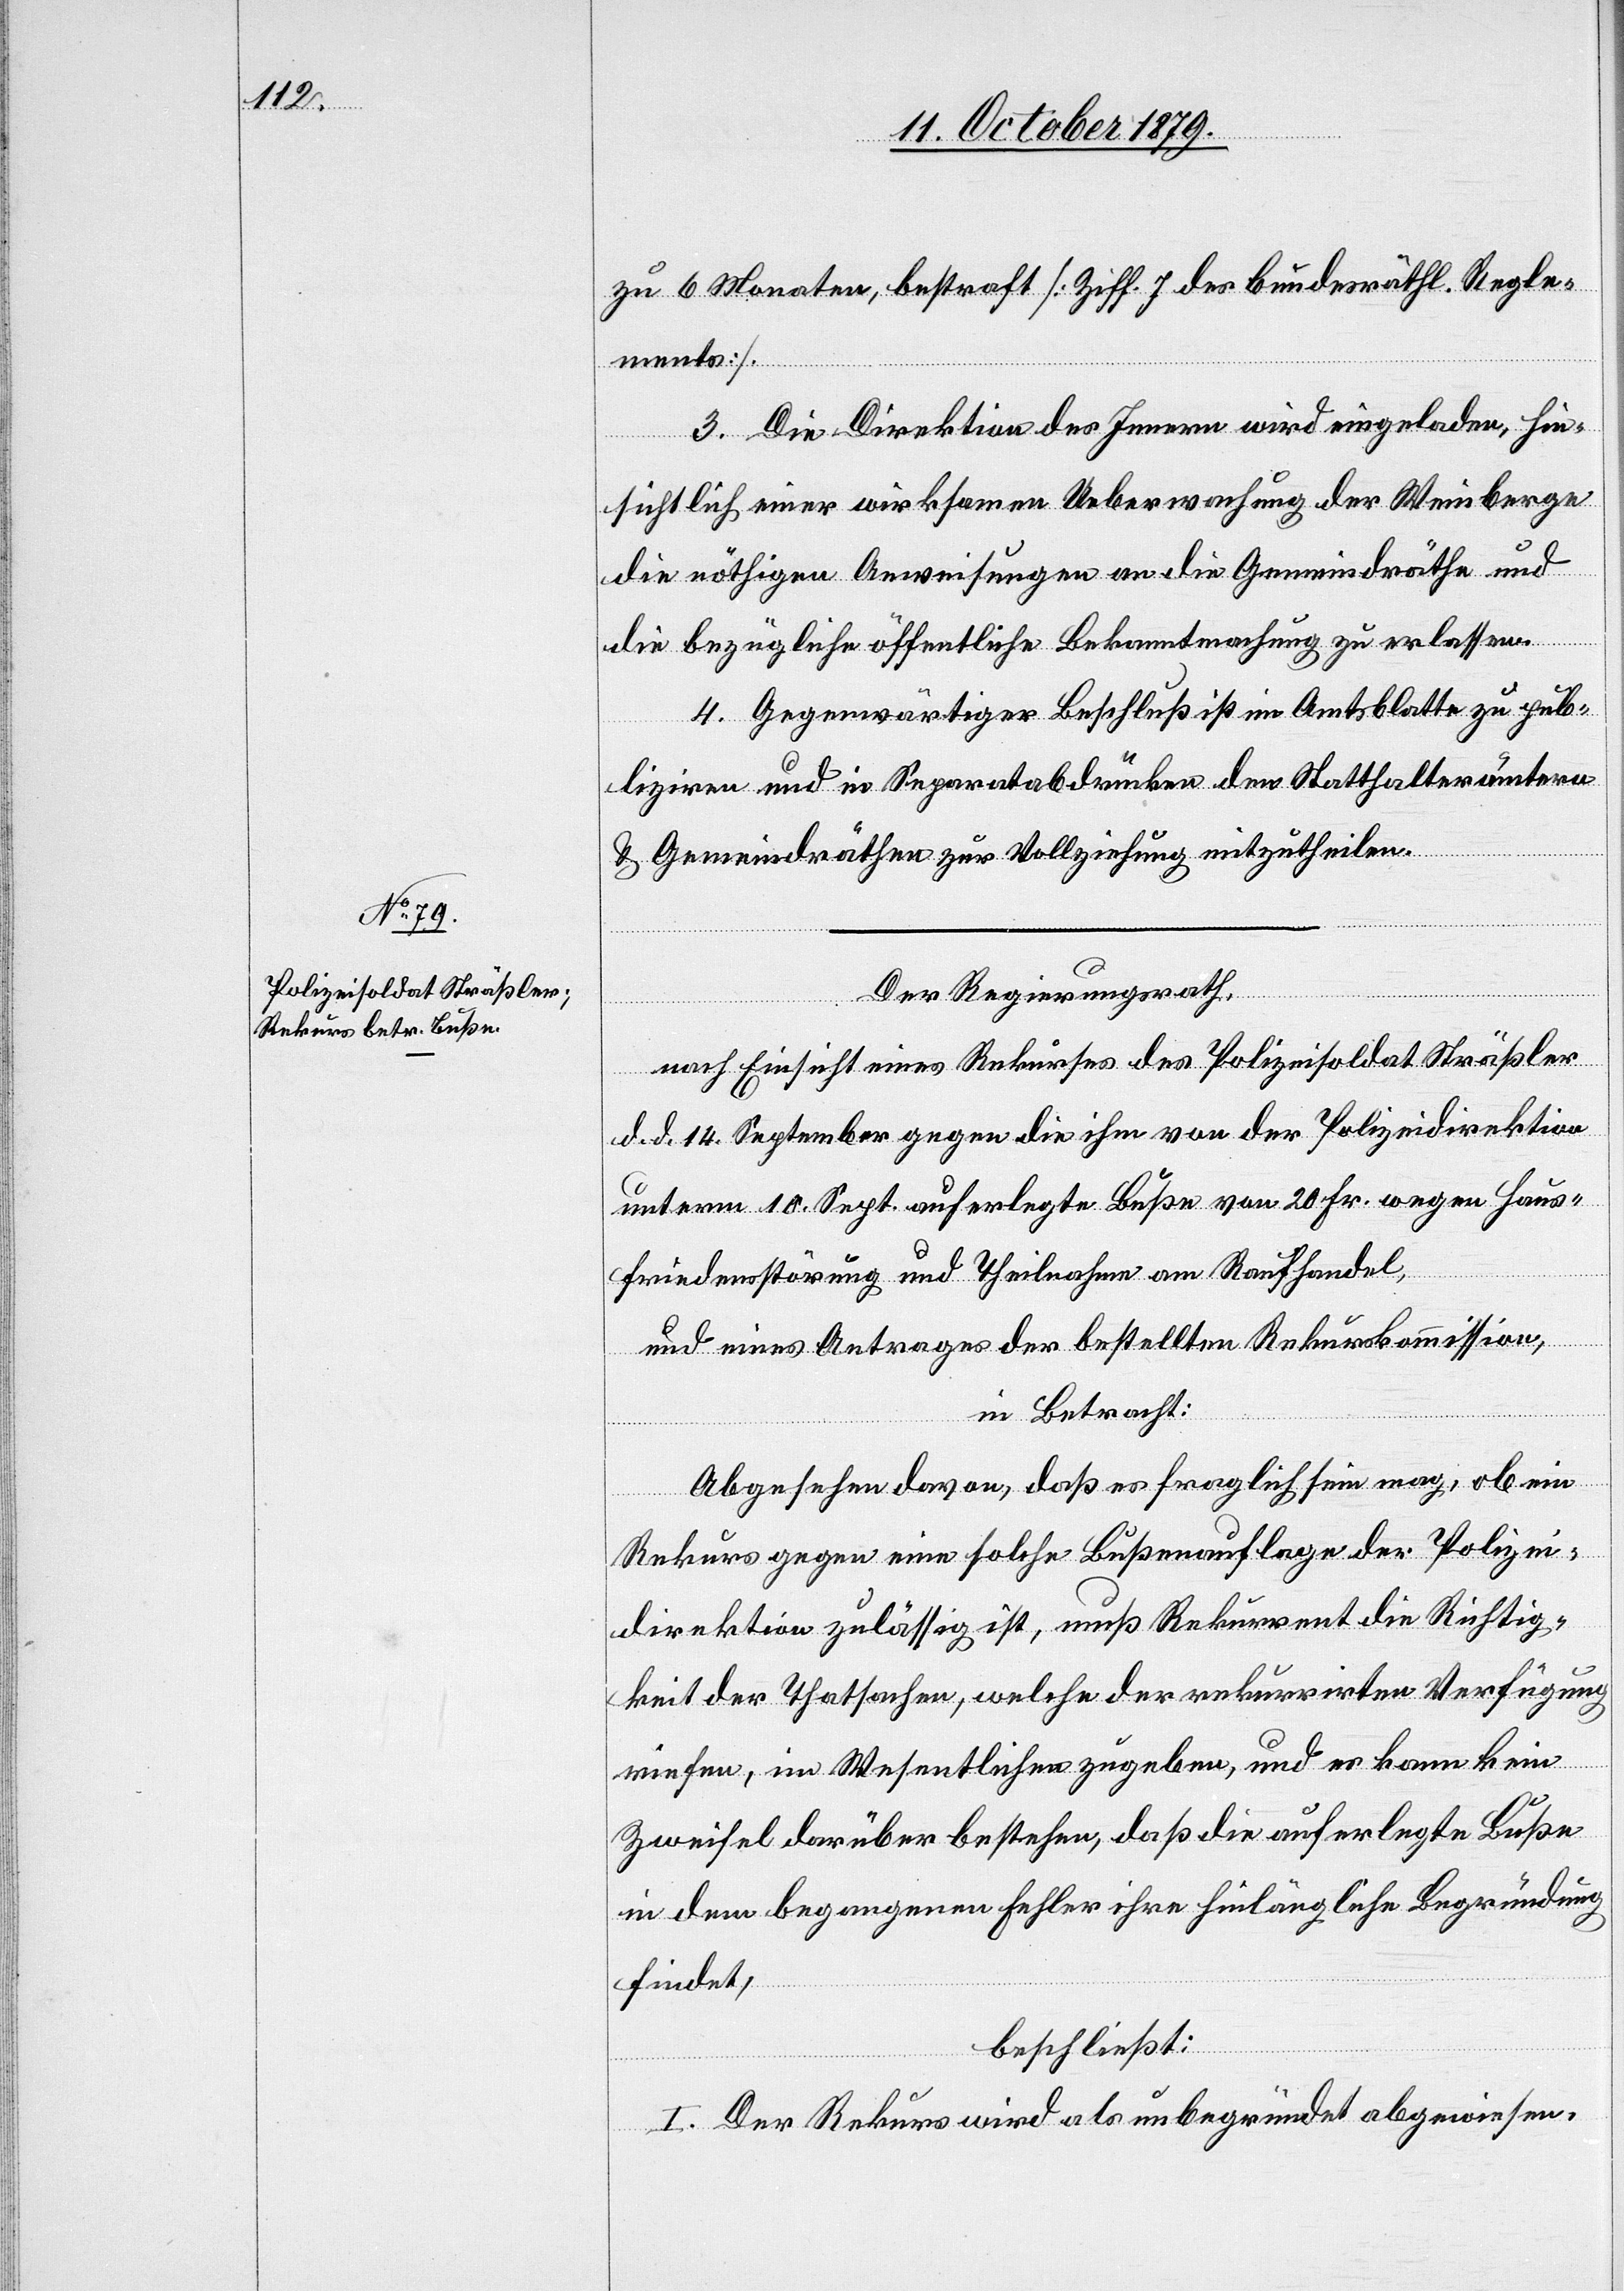
zu 6 Monaten, bestraft [Ziff. J des bundesräthl. Regle¬
ments].
3. Die Direktion des Innern wird eingeladen, hin¬
sichtlich einer wirksamen Ueberwachung der Weinberge
die nöthigen Anweisungen an die Gemeindräthe und
die bezügliche öffentliche Bekanntmachung zu erlassen.
4. Gegenwärtiger Beschluß ist im Amtsblatte zu pub¬
liziren und in Separatabdrücken den Statthalterämtern
& Gemeindräthen zur Vollziehung mitzutheilen.
Der Regierungsrath,
nach Einsicht eines Rekurses des Polizeisoldat Sträßler
d. d. 14. September gegen die ihm von der Polizeidirektion
unterm 10. Sept. auferlegte Buße von 20. Fr. wegen Haus¬
friedensstörung und Theilnahme am Raufhandel,
und eines Antrages der bestellten Rekurskommission,
in Betracht:
Abgesehen davon, daß es fraglich sein mag, ob ein
Rekurs gegen eine solche Bußenauflage der Polizei¬
direktion zulässig ist, muß Rekurrent die Richtig¬
keit der Thatsachen, welche der rekurrirten Verfügung
riefen, im Wesentlichen zugeben, und es kann kein
Zweifel darüber bestehen, daß die auferlegte Buße
in dem begangenen Fehler ihre hinlängliche Begründung
findet,
beschließt:
I. Der Rekurs wird als unbegründet abgewiesen,